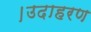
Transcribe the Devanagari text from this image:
।उदाहरण